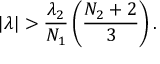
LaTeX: | \lambda | > \frac { \lambda _ { 2 } } { N _ { 1 } } \left( \frac { N _ { 2 } + 2 } { 3 } \right) .